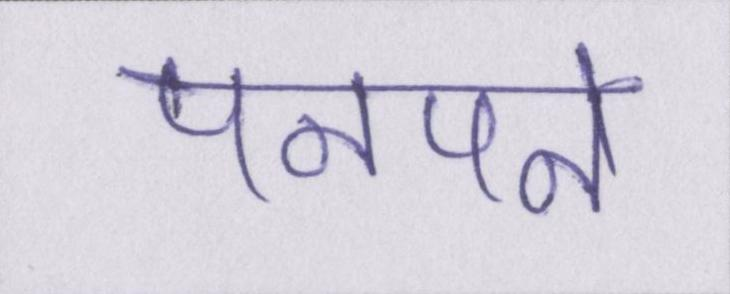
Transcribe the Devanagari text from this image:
पनपने